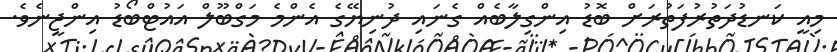
މިއީ ކަނޑުދަތުރުފަތުރަށް ބޮޑު އިންގިލާބެއް ގެނައި ދުނިޔޭގެ އެންމެ މަގްބޫލް އައުޓްބޯޑު އިންޖީނެވެ.